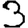
Digit: 3